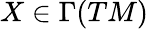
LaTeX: X\in\Gamma(TM)